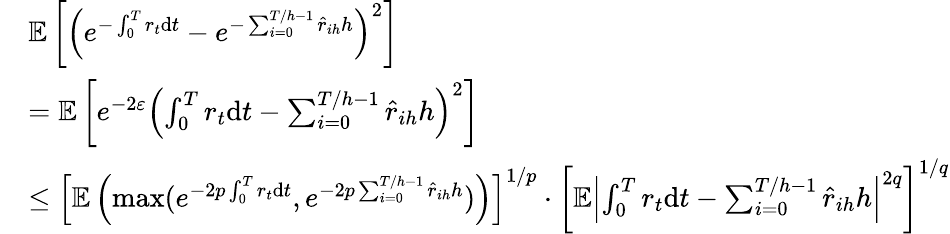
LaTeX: \begin{array}{rl}&{\mathbb{E}\left[\left(e^{-\int_{0}^{T}r_{t}\mathrm{d}t}-e^{-\sum_{i=0}^{T/h-1}\hat{r}_{ih}h}\right)^{2}\right]}\\ &{=\mathbb{E}\left[e^{-2\varepsilon}\left(\int_{0}^{T}r_{t}\mathrm{d}t-\sum_{i=0}^{T/h-1}\hat{r}_{ih}h\right)^{2}\right]}\\ &{\leq\left[\mathbb{E}\left(\operatorname*{max}(e^{-2p\int_{0}^{T}r_{t}\mathrm{d}t},e^{-2p\sum_{i=0}^{T/h-1}\hat{r}_{ih}h})\right)\right]^{1/p}\cdot\left[\mathbb{E}\left|\int_{0}^{T}r_{t}\mathrm{d}t-\sum_{i=0}^{T/h-1}\hat{r}_{ih}h\right|^{2q}\right]^{1/q}}\end{array}